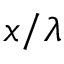
x / \lambda